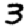
Digit: 3